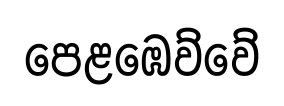
පෙළඹෙව්වේ